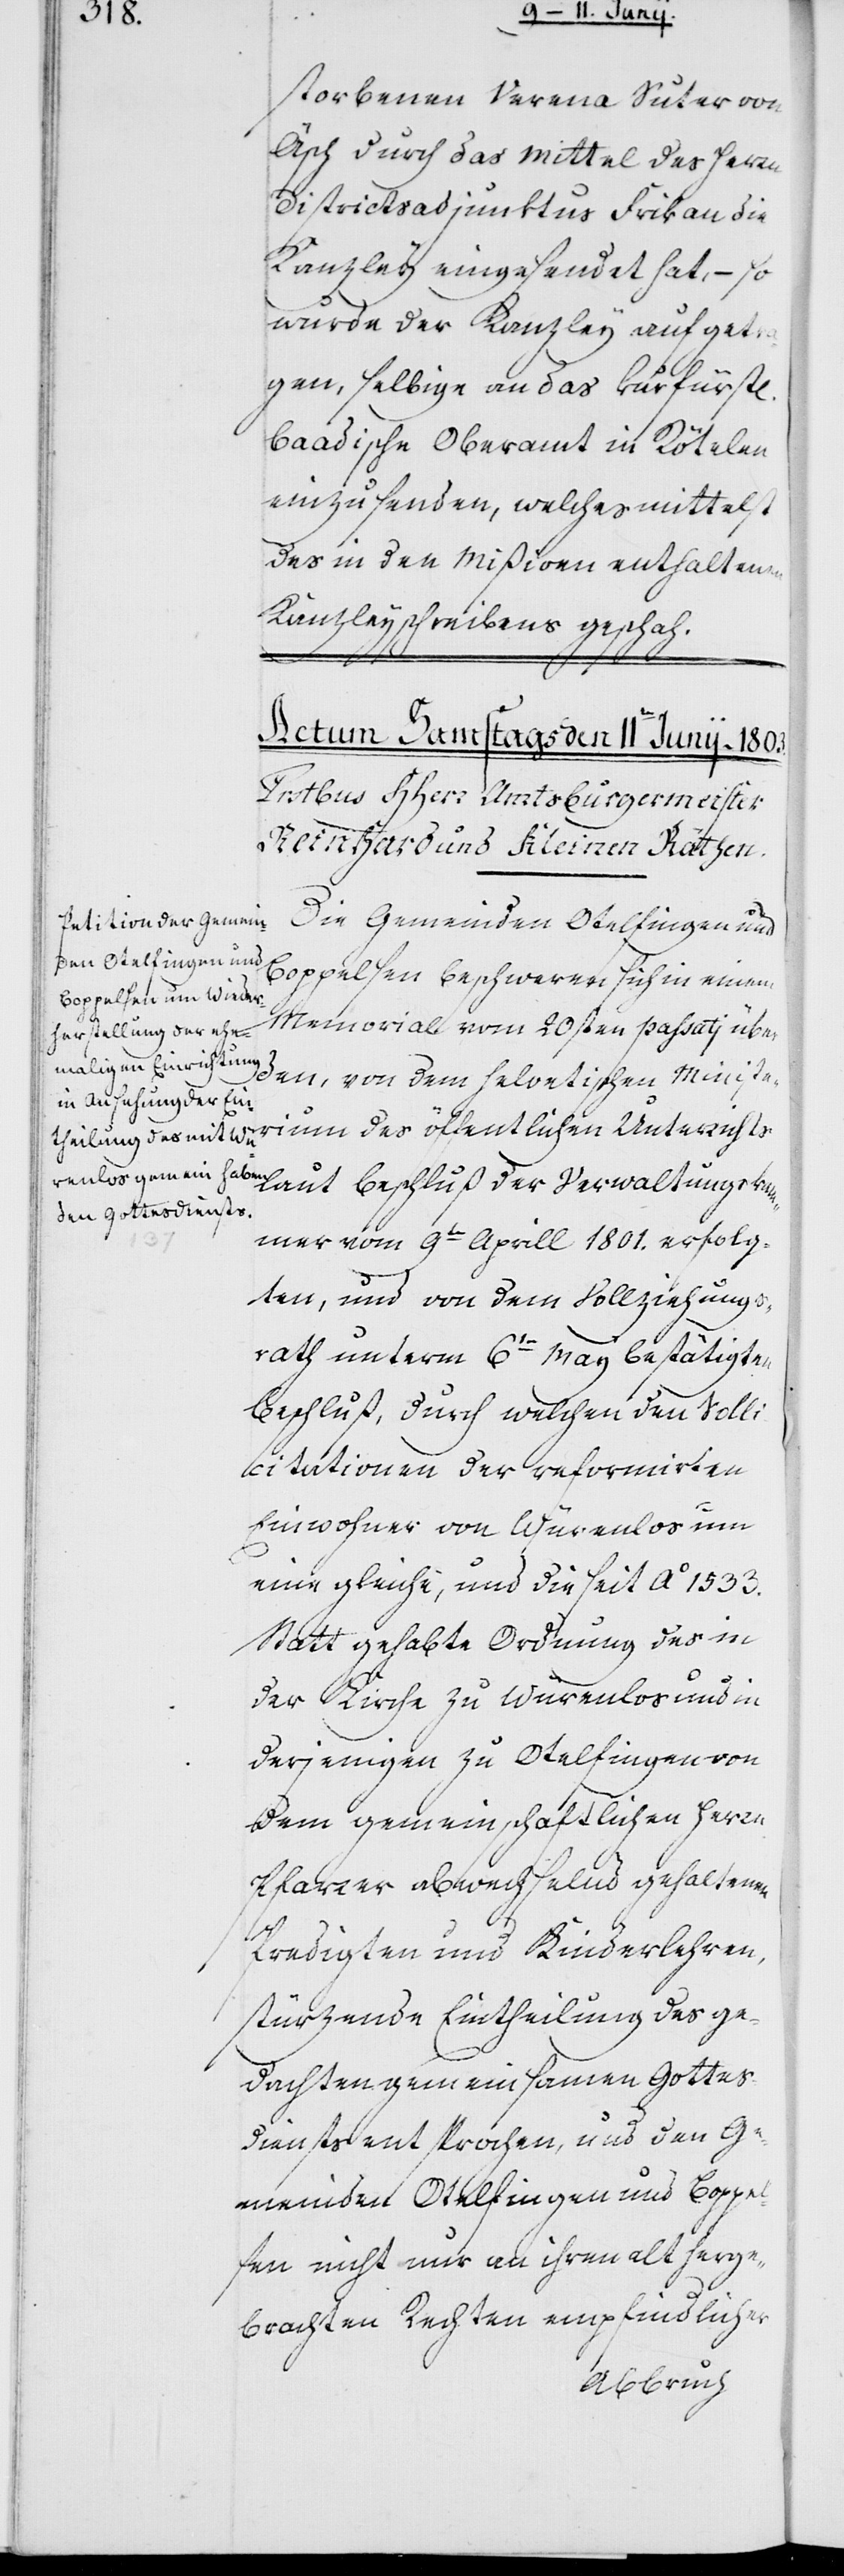
storbene Verena Suter von
Äsch durch das Mittel des Herrn
Districtsadjunktus Frik an die
Kanzley eingesendet hat, – so
wurde der Kanzley aufgetra¬
gen, selbige an das kurfürstl.
baadische Oberamt in Rötelen
einzusenden, welches mittelst
des in den Mißiven enthaltenen
Kanzleyschreibens geschah.
Die Gemeinden Otelfingen und
Boppelsen beschweren sich in einem
Memorial vom 20sten passatj über
den, von dem helvetischen Ministe¬
rium des öffentlichen Unterrichts
laut Beschluß der Verwaltungskam¬
mer vom 9ten Aprill 1801. erfolg¬
ten, und von dem Vollziehungs¬
rat unterm 6ten May bestätigten
Beschluß, durch welchen den Solli¬
citationen der reformirten
Einwohner von Würenlos um
eine gleiche, und die seit Ao 1533.
Statt gehabte Ordnung des in
der Kirche zu Würenlos und in
derjenigen zu Otelfingen von
dem gemeinschaftlichen Herrn
Pfarrer abwechselnd gehaltenen
Predigten und Kinderlehren,
stürzende Eintheilung des ge¬
dachten gemeinsamen Gottes¬
diensts entsprochen, und den Ge¬
meinden Otelfingen und Boppe¬
lsen nicht nur an ihren alt herge¬
brachten Rechten empfindlicher